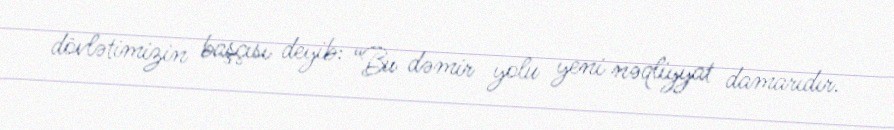
dövlətimizin başçısı deyib: “Bu dəmir yolu yeni nəqliyyat damarıdır.